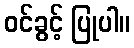
ဝင်ခွင့် ပြုပါ။